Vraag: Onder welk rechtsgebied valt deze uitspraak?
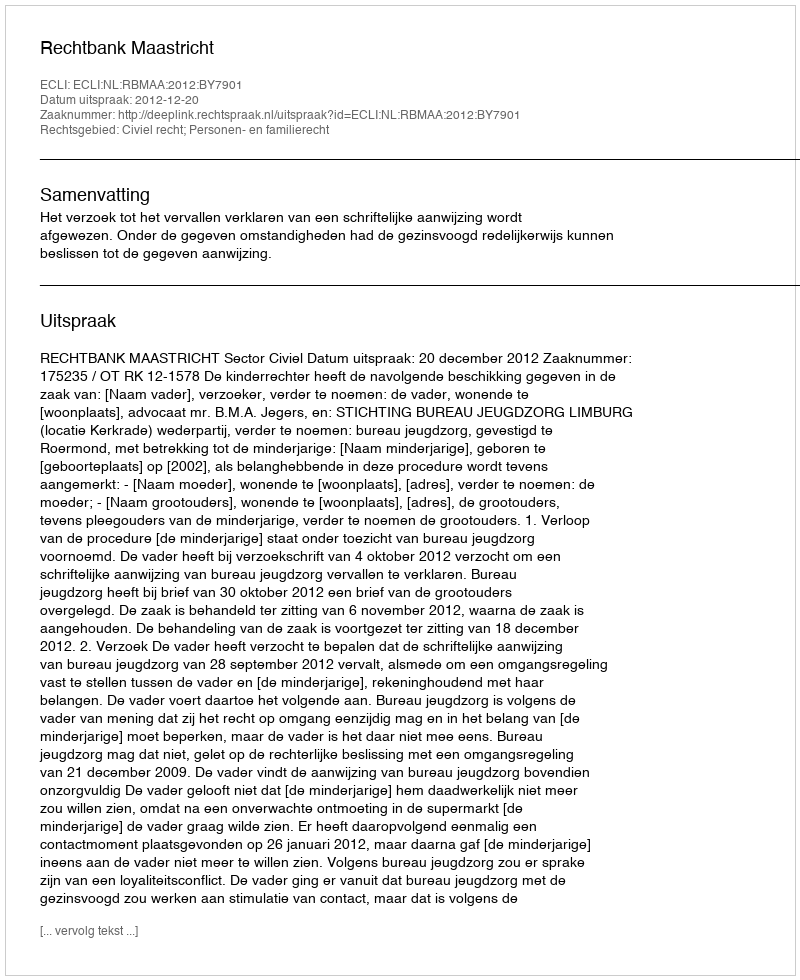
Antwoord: Civiel recht; Personen- en familierecht